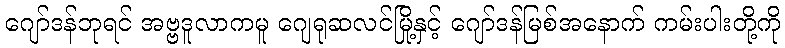
ဂျော်ဒန်ဘုရင် အဗ္ဗဒူလာကမူ ဂျေရုဆလင်မြို့နှင့် ဂျော်ဒန်မြစ်အနောက် ကမ်းပါးတို့ကို